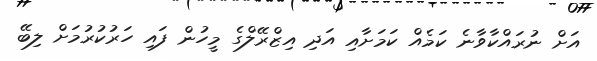
އަށް ނުރައްކާވާނެ ކަމެއް ކަމަށާއި އަދި އިޒްރޭލްގެ މީހުން ފައި ހަރުކުރުމަށް ލިބޭ